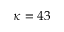
\kappa = 4 3